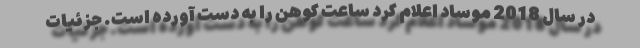
در سال 2018 موساد اعلام کرد ساعت کوهن را به دست آورده است. جزئیات